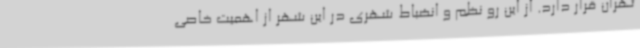
تهران قرار دارد. از این رو نظم و انضباط شهری در این شهر از اهمیت خاصی